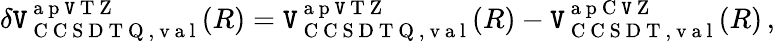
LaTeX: \delta\mathtt{V}_{\mathrm{{~C~C~S~D~T~Q~,~v~a~l~}}}^{\mathrm{{~a~p~\mathtt{V}~T~Z~}}}(R)=\mathtt{V}_{\mathrm{{~C~C~S~D~T~Q~,~v~a~l~}}}^{\mathrm{{~a~p~\mathtt{V}~T~Z~}}}(R)-\mathtt{V}_{\mathrm{{~C~C~S~D~T~,~v~a~l~}}}^{\mathrm{{~a~p~C~\mathtt{V}~Z~}}}(R)\, ,